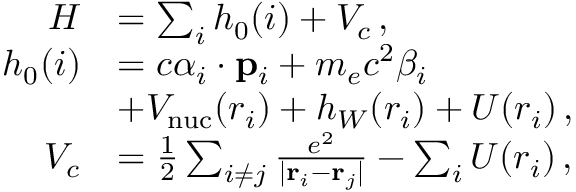
\begin{array} { r l } { H } & { = \sum _ { i } h _ { 0 } ( i ) + V _ { c } \, , } \\ { h _ { 0 } ( i ) } & { = c \boldsymbol { \alpha } _ { i } \cdot { \bf p } _ { i } + m _ { e } c ^ { 2 } \beta _ { i } } \\ & { + V _ { \mathrm { n u c } } ( r _ { i } ) + h _ { W } ( r _ { i } ) + U ( r _ { i } ) \, , } \\ { V _ { c } } & { = \frac 1 2 \sum _ { i \neq j } \frac { e ^ { 2 } } { | { \bf r } _ { i } - { \bf r } _ { j } | } - \sum _ { i } U ( r _ { i } ) \, , } \end{array}